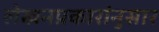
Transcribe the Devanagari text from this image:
लेखनप्रकारांनुसार